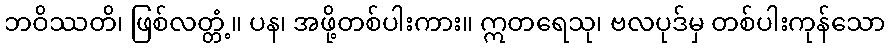
ဘဝိဿတိ၊ ဖြစ်လတ္တံ့။ ပန၊ အဖို့တစ်ပါးကား။ ဣတရေသု၊ ဗလပုဒ်မှ တစ်ပါးကုန်သော